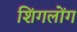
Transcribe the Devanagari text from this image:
शिंगलोंग